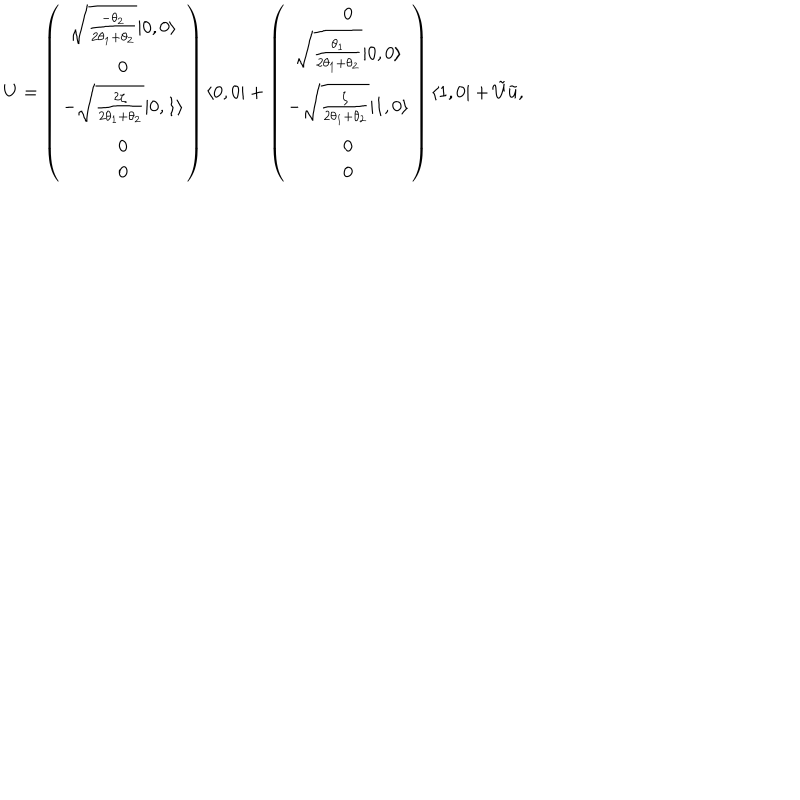
U = \left( \begin{array} { c } { { \sqrt { \frac { - \theta _ { 2 } } { 2 \theta _ { 1 } + \theta _ { 2 } } } | 0 , 0 \rangle } } \\ { { 0 } } \\ { { - \sqrt { \frac { 2 \zeta } { 2 \theta _ { 1 } + \theta _ { 2 } } } | 0 , 1 \rangle } } \\ { { 0 } } \\ { { 0 } } \\ \end{array} \right) \langle 0 , 0 | + \left( \begin{array} { c } { { 0 } } \\ { { \sqrt { \frac { \theta _ { 1 } } { 2 \theta _ { 1 } + \theta _ { 2 } } } | 0 , 0 \rangle } } \\ { { - \sqrt { \frac { \zeta } { 2 \theta _ { 1 } + \theta _ { 2 } } } | 1 , 0 \rangle } } \\ { { 0 } } \\ { { 0 } } \\ \end{array} \right) \langle 1 , 0 | + \tilde { U } \tilde { u } ,